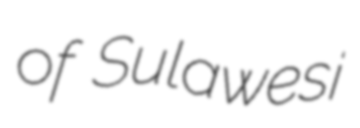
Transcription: of Sulawesi